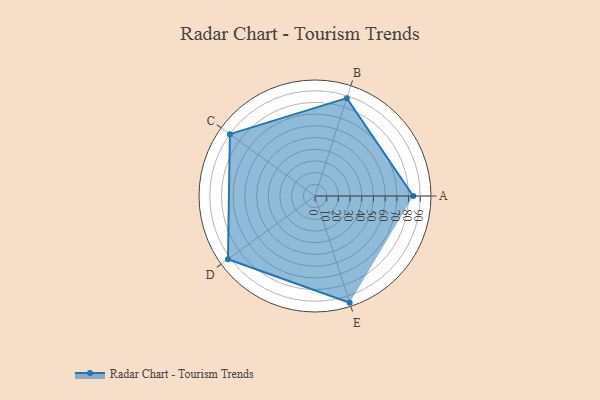
{"axis": {"x": "Skill", "y": "Score"}, "legend": ["Profile"], "data": [{"x": "A", "y": 84.0, "type": "Profile"}, {"x": "B", "y": 88.0, "type": "Profile"}, {"x": "C", "y": 90.0, "type": "Profile"}, {"x": "D", "y": 92.0, "type": "Profile"}, {"x": "E", "y": 96.0, "type": "Profile"}]}